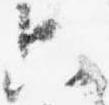
只